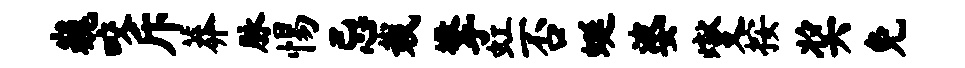
巍咬斥莽脉惕忌栽擎虹否蜒婆燮按奖免